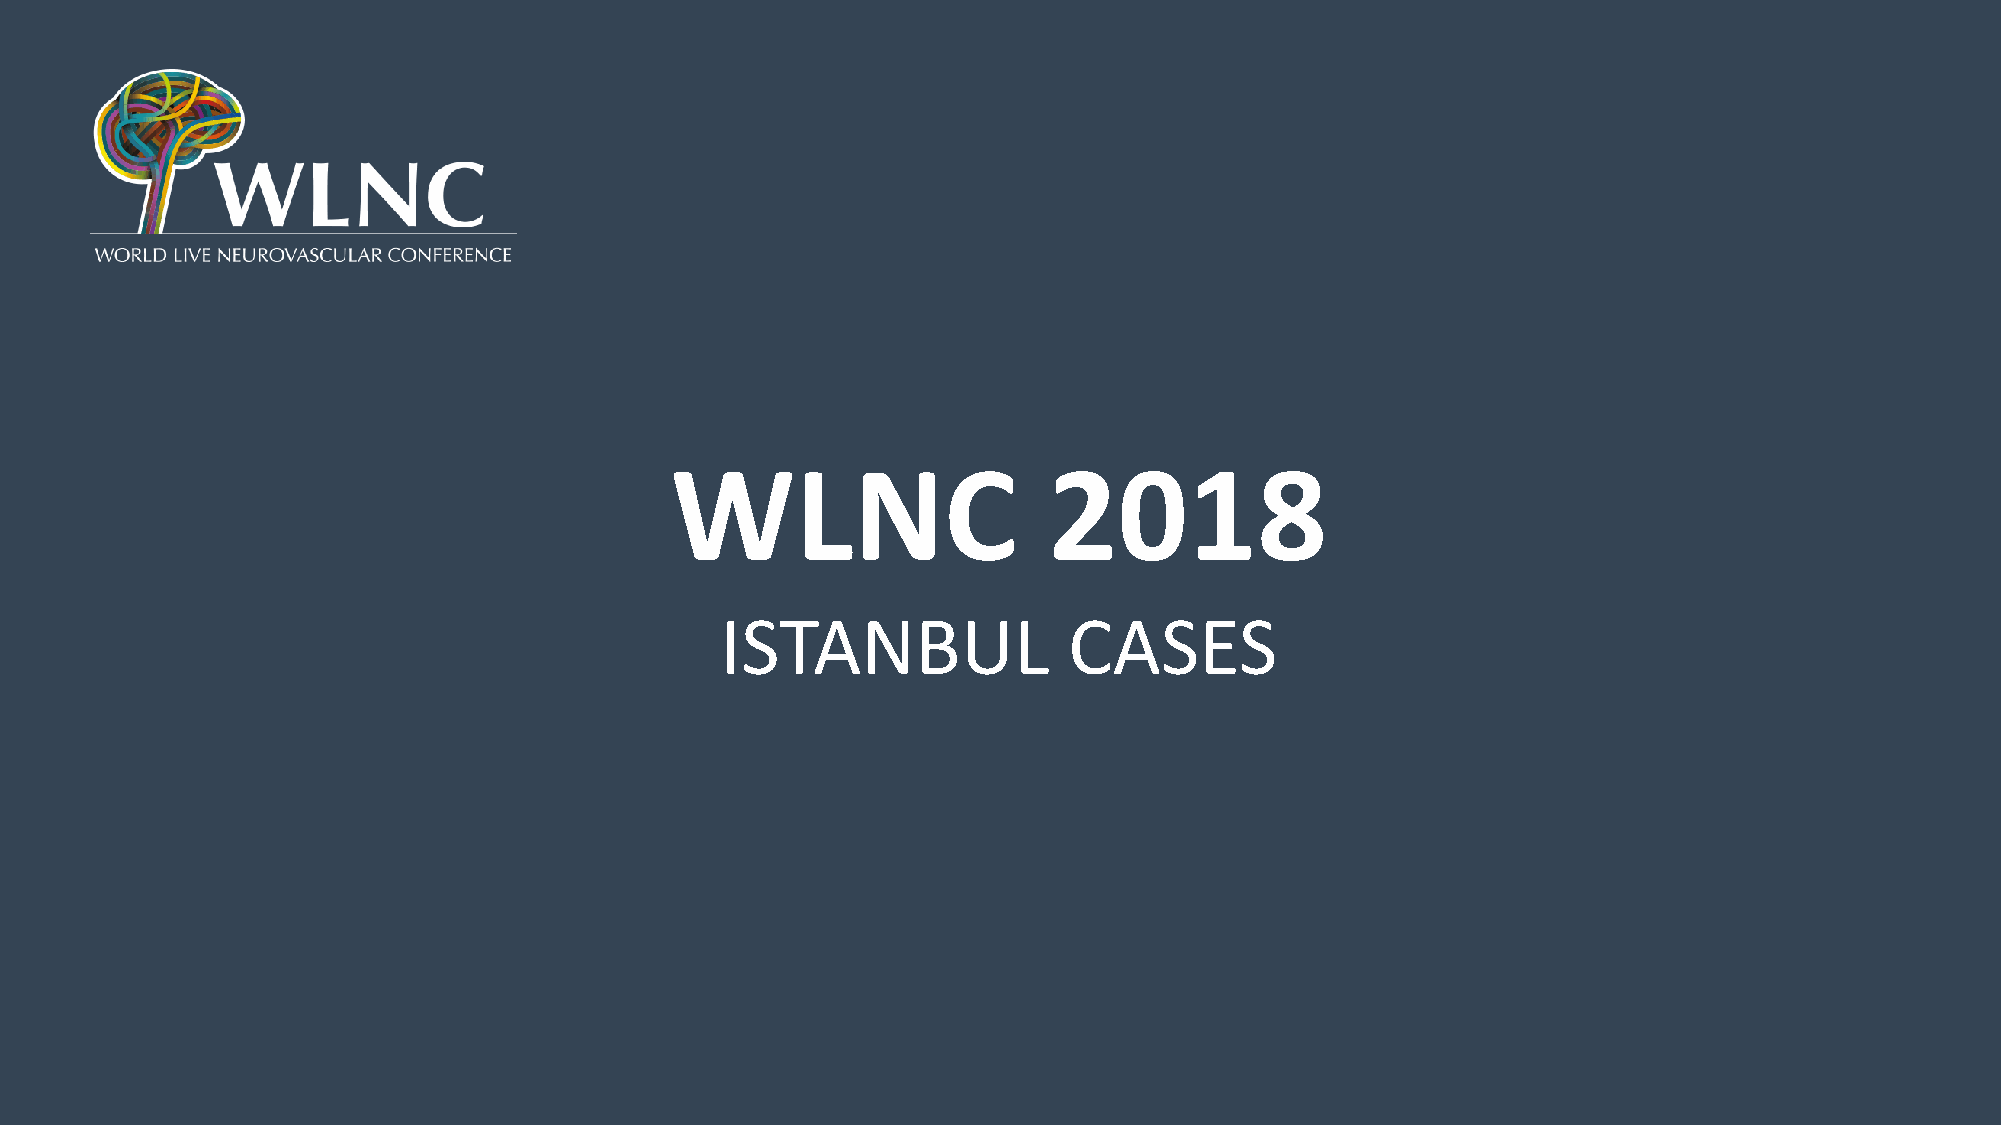
WLNC                     2018
 ISTANBUL               CASES